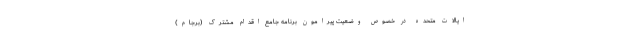
ایالات متحده در خصوص وضعیت پیرامون برنامه جامع اقدام مشترک (برجام)